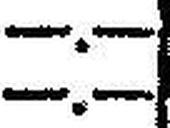
—.—